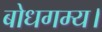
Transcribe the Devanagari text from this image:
बोधगम्य।